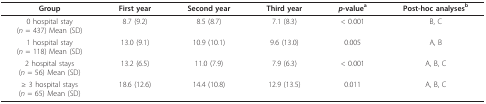
<table><thead><tr><td><b>Group</b></td><td><b>First year</b></td><td><b>Second year</b></td><td><b>Third year</b></td><td><b><i>p</i>-value<sup>a</sup></b></td><td><b>Post-hoc analyses<sup>b</sup></b></td></tr></thead><tbody><tr><td>0 hospital stay(<i>n </i>= 437) Mean (SD)</td><td>8.7 (9.2)</td><td>8.5 (8.7)</td><td>7.1 (8.3)</td><td>&lt; 0.001</td><td>B, C</td></tr><tr><td>1 hospital stay(<i>n </i>= 118) Mean (SD)</td><td>13.0 (9.1)</td><td>10.9 (10.1)</td><td>9.6 (13.0)</td><td>0.005</td><td>A, B</td></tr><tr><td>2 hospital stays(<i>n </i>= 56) Mean (SD)</td><td>13.2 (6.5)</td><td>11.0 (7.9)</td><td>7.9 (6.3)</td><td>&lt; 0.001</td><td>A, B, C</td></tr><tr><td>≥ 3 hospital stays(<i>n </i>= 65) Mean (SD)</td><td>18.6 (12.6)</td><td>14.4 (10.8)</td><td>12.9 (13.5)</td><td>0.011</td><td>A, B, C</td></tr></tbody></table>